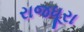
રાજધૂરા